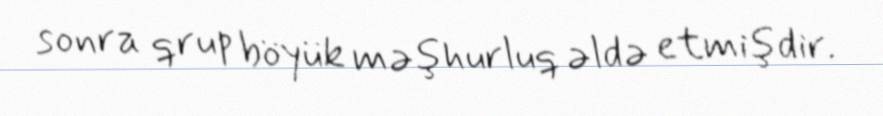
sonra qrup böyük məşhurluq əldə etmişdir.